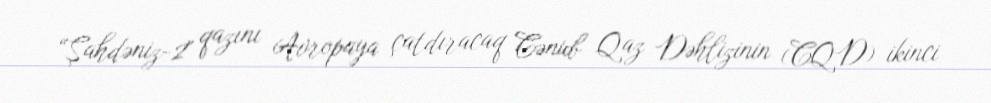
“Şahdəniz-2" qazını Avropaya çatdıracaq Cənub Qaz Dəhlizinin (CQD) ikinci